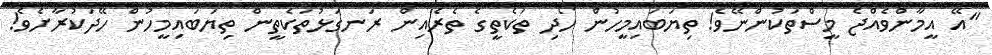
"އޭ އީމާންވެއްޖެ މީސްތަކުންނޭވެ! ތިޔަބައިމީހުން ހޯދި ތަކެތީގެ ތެރެއިން ރަނގަޅުތަކެތީން ތިޔަބައިމީހުން ހޭދަކުރާށެވެ!